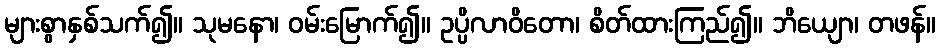
များစွာနှစ်သက်၍။ သုမနော၊ ဝမ်းမြောက်၍။ ဥပ္ပိလာဝိတော၊ စိတ်ထားကြည်၍။ ဘိယျော၊ တဖန်။